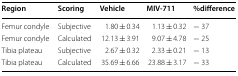
| Region | Scoring | Vehicle | MIV-711 | %difference |
 | --- | --- | --- | --- | --- |
 | Femur condyle | Subjective | 1.80 ± 0.34 | 1.13 ± 0.32 | − 37 |
 | Femur condyle | Calculated | 12.13 ± 3.91 | 9.07 ± 4.78 | − 25 |
 | Tibia plateau | Subjective | 2.67 ± 0.32 | 2.33 ± 0.21 | − 13 |
 | Tibia plateau | Calculated | 35.69 ± 6.66 | 23.88 ± 3.17 | − 33 |